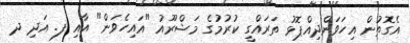
އެގޮތުން އިހަވަންދިއްޕޮޅު ތަރައްގީ ކުރުމުގެ މަޝްރޫއު "އައިހެވަން" އާއި ފ. އަދި ދ